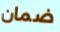
ضمان